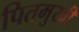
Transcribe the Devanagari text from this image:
पितमुखी